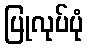
ပြုလုပ်ပုံ